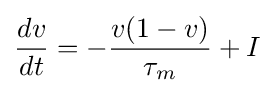
{\frac {dv}{dt}}=-{\frac {v(1-v)}{\tau _{m}}}+I